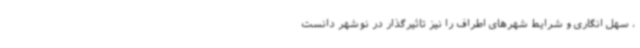
، سهل انگاری و شرایط شهرهای اطراف را نیز تاثیرگذار در نوشهر دانست